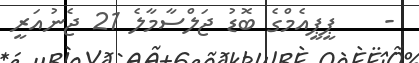
-    ޕީޕީއެމްގެ ބޮޑު ޖަލްސާމާލެ 21 ޖެނުއަރީ